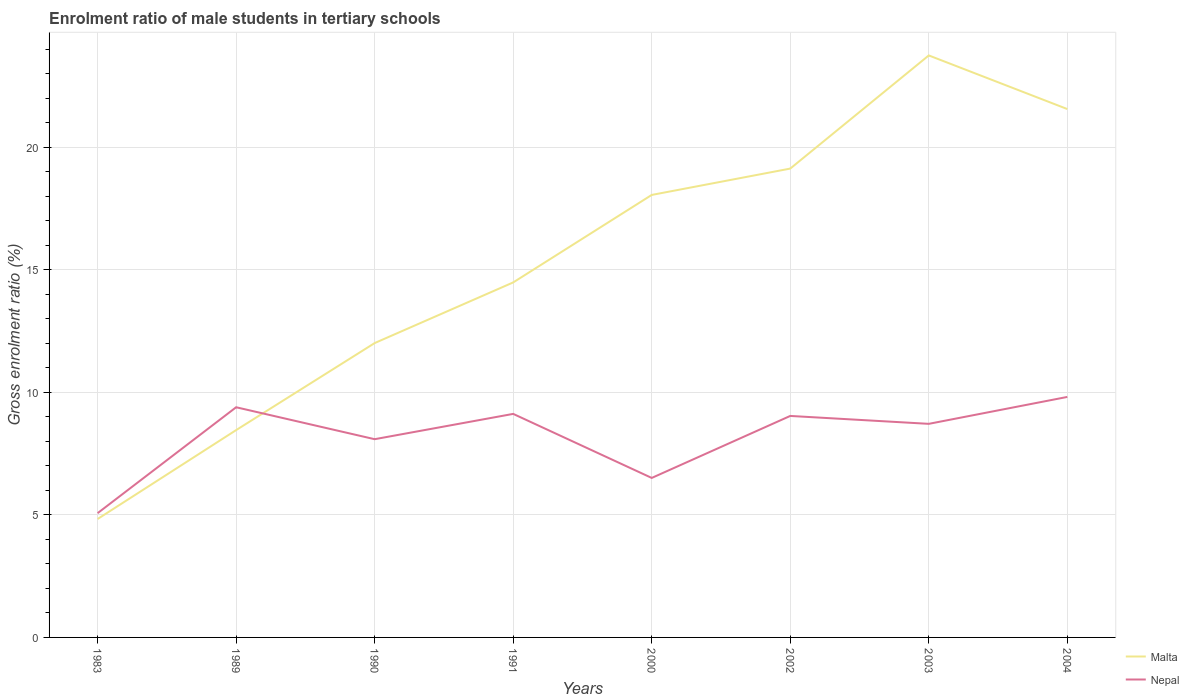
| Years | Malta | Nepal |
 | --- | --- | --- |
 | 1983 | 4.83 | 5.07 |
 | 1989 | 8.46 | 9.39 |
 | 1990 | 12 | 8.09 |
 | 1991 | 14.5 | 9.12 |
 | 2000 | 18.1 | 6.51 |
 | 2002 | 19.1 | 9.04 |
 | 2003 | 23.8 | 8.72 |
 | 2004 | 21.6 | 9.82 |